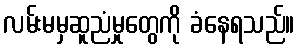
လမ်းမမှဆူညံမှုတွေကို ခံနေရသည်။